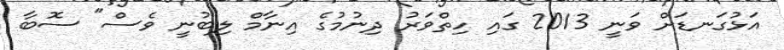
އަޅުގަނޑަށް ވަނީ 2013 ގައި ހިތްވަރު ދިނުމުގެ އިނާމް ލިބުނީ ވެސް" ސޮބާ